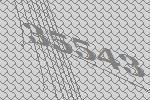
35543